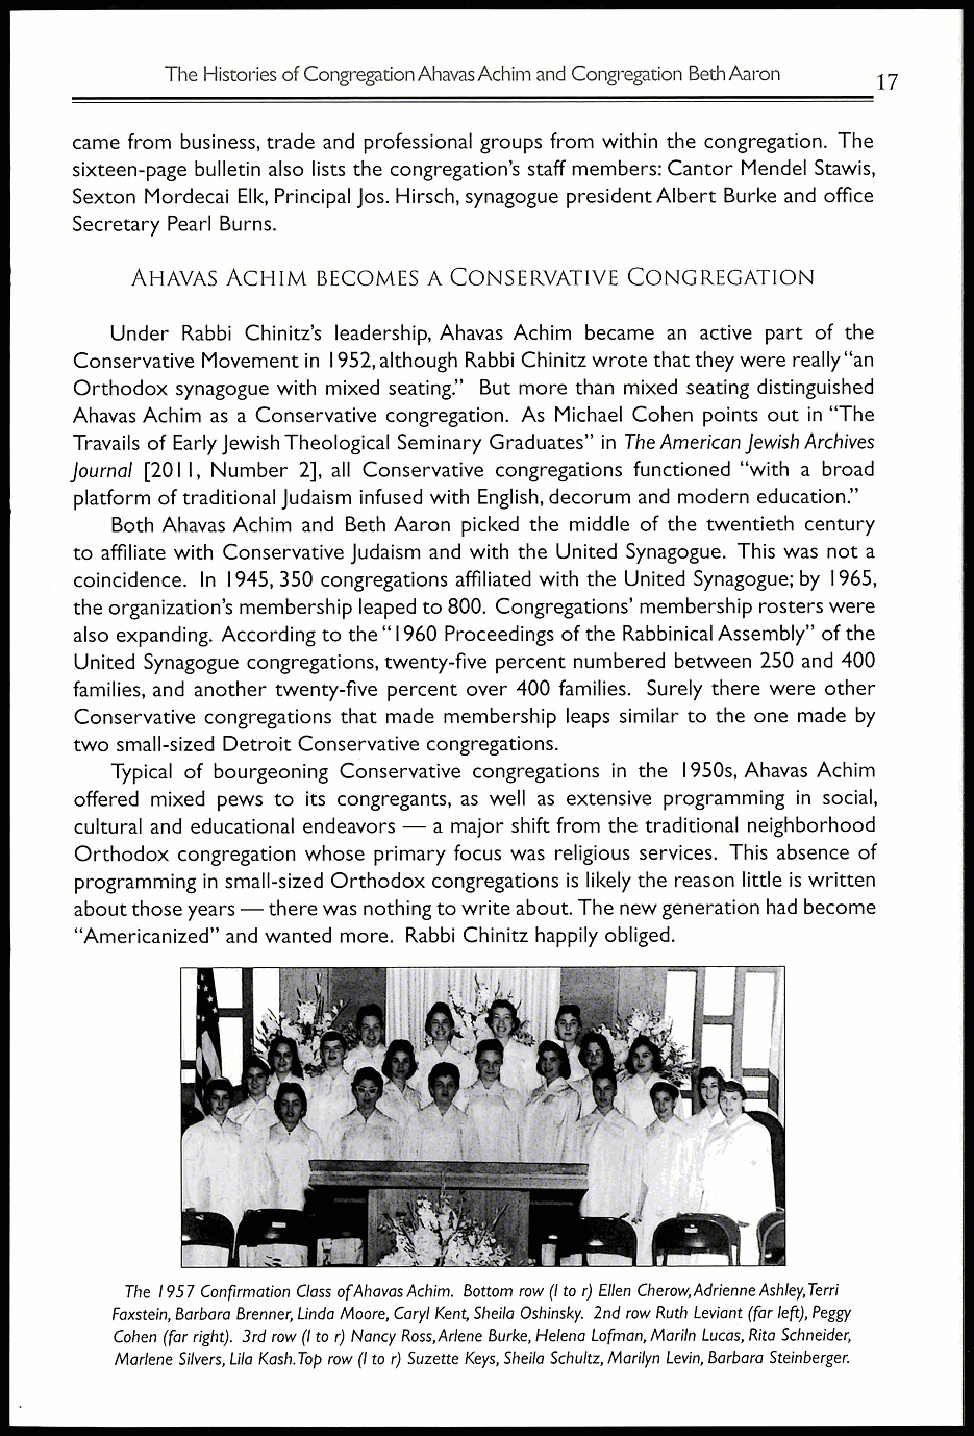
The Histories of Congregation Ahavas Achim and Congregation Beth Aaron
 17
 came from business, trade and professional groups from within the congregation. The
 sixteen-page bulletin also lists the congregation's staff members: Cantor Mendel Stawis,
 Sexton Mordecai Elk, Principal Jos. Hirsch, synagogue president Albert Burke and office
 Secretary Pearl Burns.
 AHAVAS ACHIM BECOMES A CONSERVATIVE CONGREGATION
 Under Rabbi Chinitz's leadership, Ahavas Achim became an active part of the
 Conservative Movement in 1952, although Rabbi Chinitz wrote that they were really "an
 Orthodox synagogue with mixed seating." But more than mixed seating distinguished
 Ahavas Achim as a Conservative congregation. As Michael Cohen points out in "The
 Travails of Early Jewish Theological Seminary Graduates" in The American Jewish Archives
 Journal [2011, Number 2], all Conservative congregations functioned "with a broad
 platform of traditional Judaism infused with English, decorum and modern education."
 Both Ahavas Achim and Beth Aaron picked the middle of the twentieth century
 to affiliate with Conservative Judaism and with the United Synagogue. This was not a
 coincidence. In 1945, 350 congregations affiliated with the United Synagogue; by 1965,
 the organization's membership leaped to 800. Congregations' membership rosters were
 also expanding. According to the "1960 Proceedings of the Rabbinical Assembly" of the
 United Synagogue congregations, twenty-five percent numbered between 250 and 400
 families, and another twenty-five percent over 400 families. Surely there were other
 Conservative congregations that made membership leaps similar to the one made by
 two small-sized Detroit Conservative congregations.
 Typical of bourgeoning Conservative congregations in the 1950s, Ahavas Achim
 offered mixed pews to its congregants, as well as extensive programming in social,
 cultural and educational endeavors — a major shift from the traditional neighborhood
 Orthodox congregation whose primary focus was religious services. This absence of
 programming in small-sized Orthodox congregations is likely the reason little is written
 about those years — there was nothing to write about. The new generation had become
 "Americanized" and wanted more. Rabbi Chinitz happily obliged.
 The 1957 Confirmation Class ofAhavas Achim. Bottom row (I to r) Ellen Cherow,Adrienne Ashley, Terri
 Faxstein, Barbara Brenner, Linda Moore, Caryl Kent, Sheila Oshinsky. 2nd row Ruth Leviant (far left), Peggy
 Cohen (far right). 3rd row (I to r) Nancy Ross,Arlene Burke, Helena Lofman, Mariln Lucas, Rita Schneider,
 Marlene Silvers, Lila Kash. Top row (I to r) Suzette Keys, Sheila Schultz, Marilyn Levin, Barbara Steinberger.